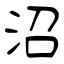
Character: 沼